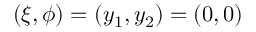
( \xi , \phi ) = ( y _ { 1 } , y _ { 2 } ) = ( 0 , 0 )